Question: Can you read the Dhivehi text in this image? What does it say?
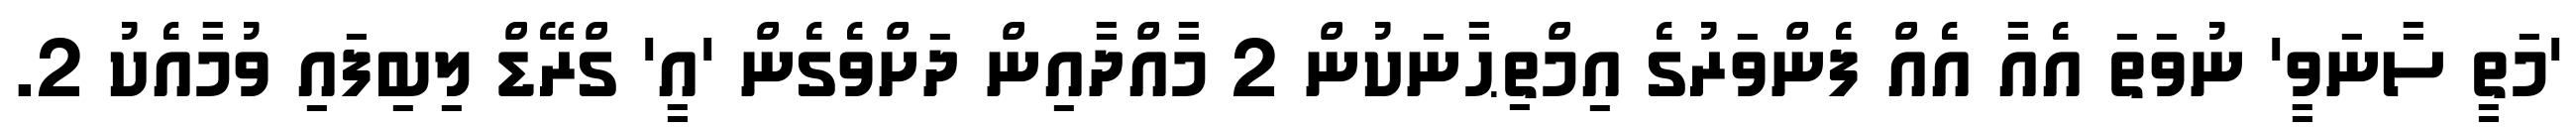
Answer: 'މަތީ ސާނަވީ' ނުވަތަ އެއާ އެއް ފެންވަރުގެ އިމްތިޙާނަކުން 2 މާއްދާއިން ދަށްވެގެން 'އީ' ގްރޭޑް ލިބިފައި ވުމާއެކު 2.